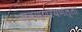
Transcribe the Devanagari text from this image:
सुवण्णरयणेल्ला